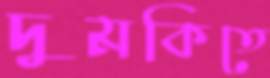
দুমকিতে